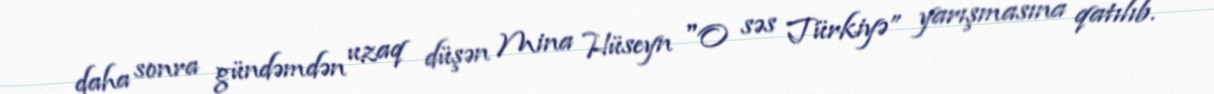
daha sonra gündəmdən uzaq düşən Mina Hüseyn "O səs Türkiyə” yarışmasına qatılıb.